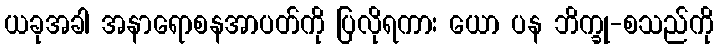
ယခုအခါ အနာရောစနအာပတ်ကို ပြလိုရကား ယော ပန ဘိက္ခု-စသည်ကို